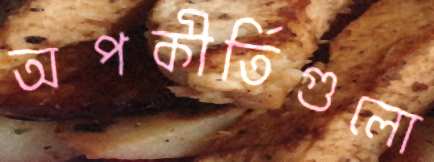
অপকীর্তিগুলো